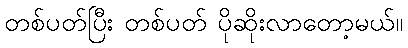
တစ်ပတ်ပြီး တစ်ပတ် ပိုဆိုးလာတော့မယ်။